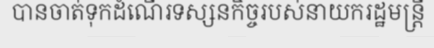
បានចាត់ទុកដំណើរទស្សនកិច្ចរបស់នាយករដ្ឋមន្ត្រី